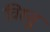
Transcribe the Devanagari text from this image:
विस्तु